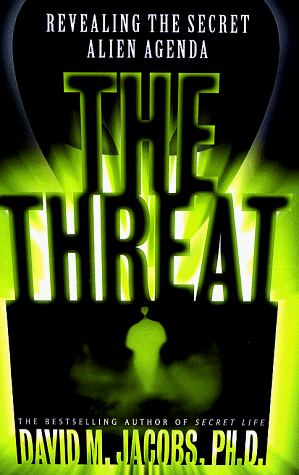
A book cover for The THREAT: Revealing the Secret Alien Agenda; David M. Jacobs; Science & Math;